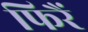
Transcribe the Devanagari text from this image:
फिरैं